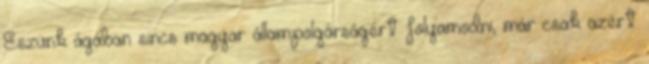
Eszünk ágában sincs magyar állampolgárságért folyamodni, már csak azért